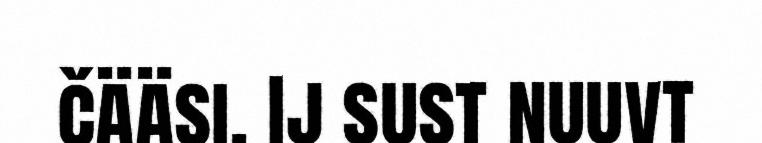
čääsi. Ij sust nuuvt